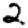
Digit: 2